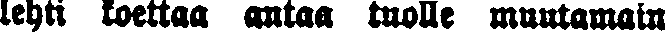
lehti koettaa antaa tuolle muutamain